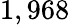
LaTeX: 1,968